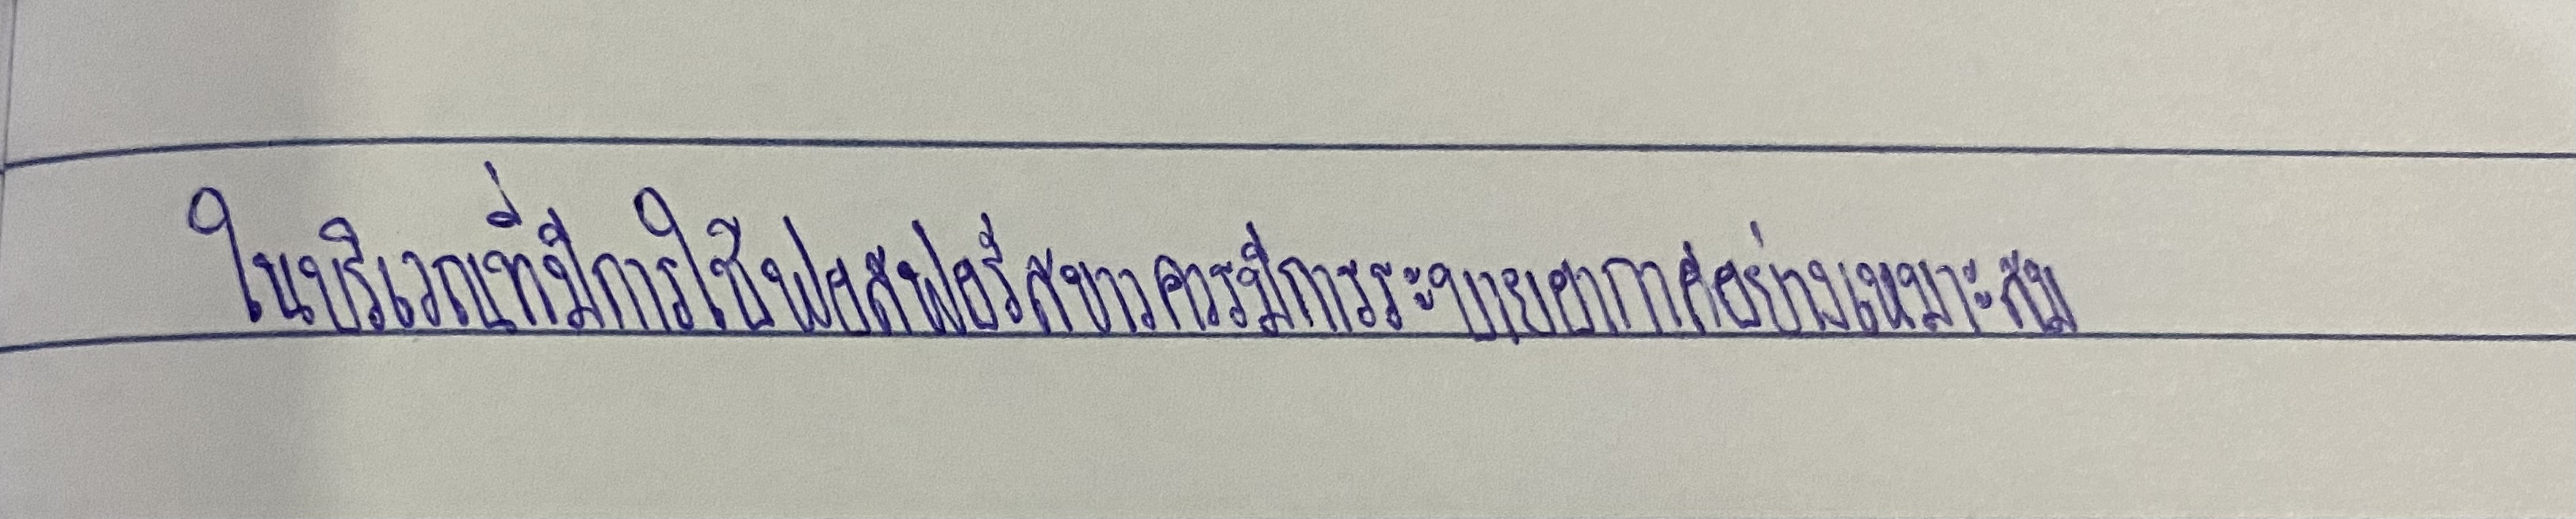
ในบริเวณที่มีการใช้ฟอสฟอรัสขาวควรมีการระบายอากาศอย่างเหมาะสม